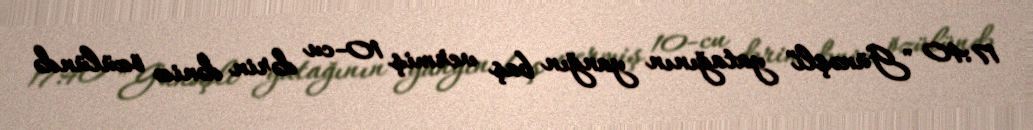
17:40 "Günəşli" yatağının yanğın baş vermiş 10-cu dərin dəniz özülündə